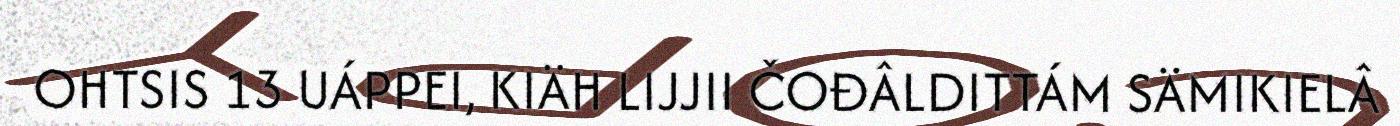
OHTSIS 13 UÁPPEI, KIÄH LIJJII ČOĐÂLDITTÁM SÄMIKIELÂ